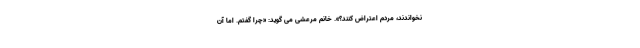
نخواندند، مردم اعتراض کنند؟». خانم مرعشی می گوید: «چرا گفتم. اما آن